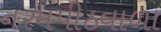
નરમપીઠવાળા